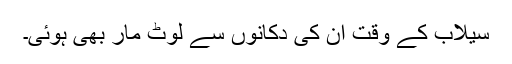
سیلاب کے وقت ان کی دکانوں سے لوٹ مار بھی ہوئی۔